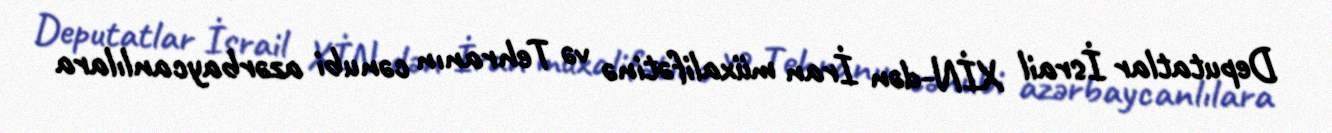
Deputatlar İsrail XİN-dən İran müxalifətinə və Tehranın cənubi azərbaycanlılara